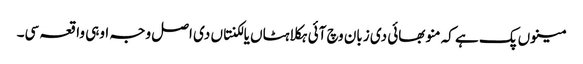
مینوں پک ہے کہ منو بھائی دی زبان وچ آئی ہکلاہٹاں یا لکنتاں دی اصل وجہ اوہی واقعہ سی۔